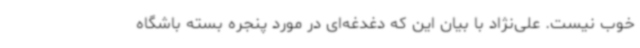
خوب نیست. علی‌نژاد با بیان این که دغدغه‌ای در مورد پنجره بسته باشگاه